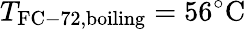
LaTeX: T_{\mathrm{FC-72,boiling}}=56^{\circ}\mathrm{C}